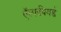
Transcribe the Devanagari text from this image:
ऍल्फवियर्ड